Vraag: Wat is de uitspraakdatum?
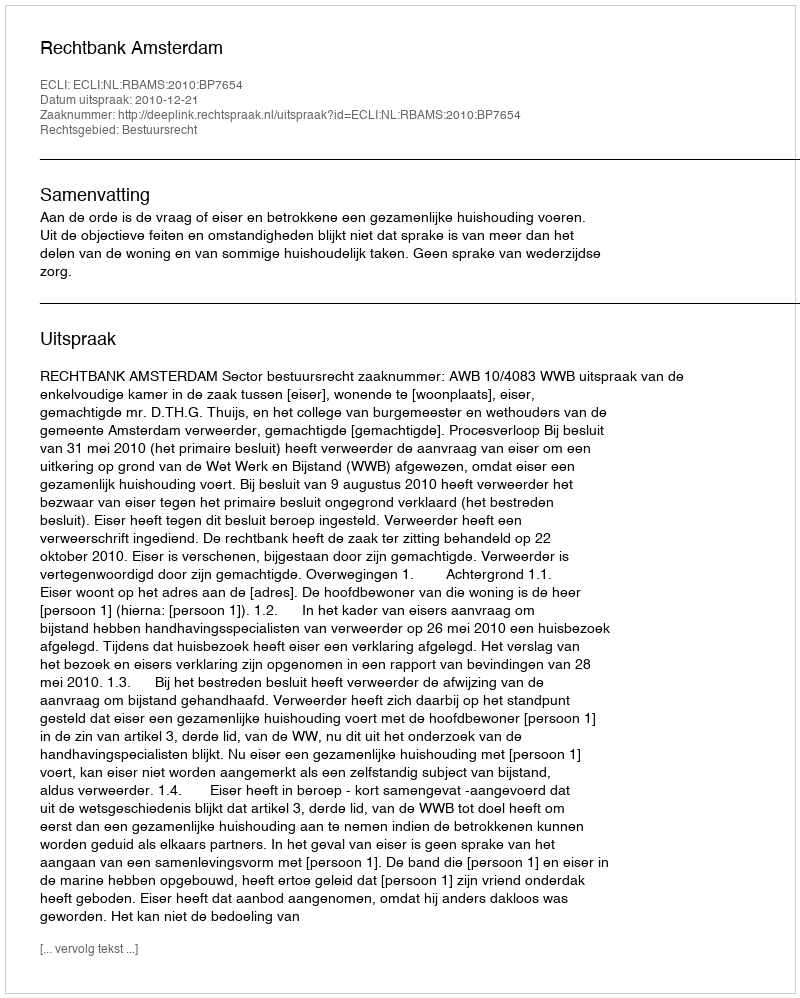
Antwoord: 2010-12-21